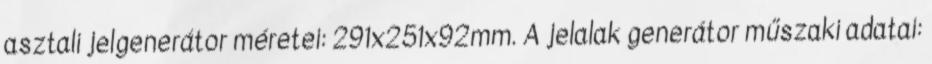
asztali jelgenerátor méretei: 291x251x92mm. A jelalak generátor műszaki adatai: